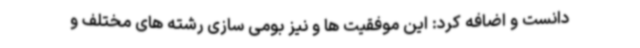
دانست و اضافه کرد: این موفقیت ها و نیز بومی سازی رشته های مختلف و